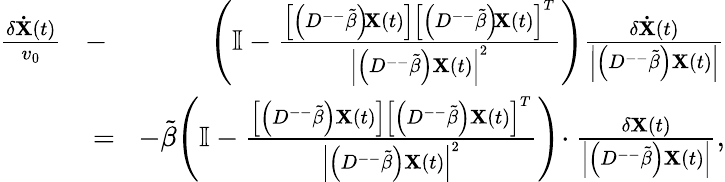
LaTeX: \begin{array}{rlr}{\frac{\delta\mathbf{\dot{X}}(t)}{v_{0}}\! }&{{}-}&{\! \left(\mathbb{I}-\frac{\left[\left(D^{--}\tilde{\beta}\right)\! \mathbf{X}(t)\right]\left[\left(D^{--}\tilde{\beta}\right)\! \mathbf{X}(t)\right]^{T}}{\left|\left(D^{--}\tilde{\beta}\right)\mathbf{X}(t)\right|^{2}}\right)\frac{\delta\mathbf{\dot{X}}(t)}{\left|\left(D^{--}\tilde{\beta}\right)\mathbf{X}(t)\right|}}\\ {\! }&{{}=}&{\! -\tilde{\beta}\! \left(\mathbb{I}-\frac{\left[\left(D^{--}\tilde{\beta}\right)\mathbf{X}(t)\right]\left[\left(D^{--}\tilde{\beta}\right)\mathbf{X}(t)\right]^{T}}{\left|\left(D^{--}\tilde{\beta}\right)\mathbf{X}(t)\right|^{2}}\right)\! \cdot\frac{\delta\mathbf{X}(t)}{\left|\left(D^{--}\tilde{\beta}\right)\mathbf{X}(t)\right|},}\end{array}